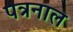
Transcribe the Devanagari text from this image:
पत्रनाल